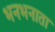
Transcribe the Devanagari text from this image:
भनभनाता